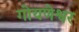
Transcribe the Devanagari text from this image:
गोयणेश्वर